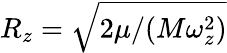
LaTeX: R_{z}=\sqrt{2\mu/(M\omega_{z}^{2})}